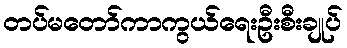
တပ်မတော်ကာကွယ်ရေးဦးစီးချုပ်